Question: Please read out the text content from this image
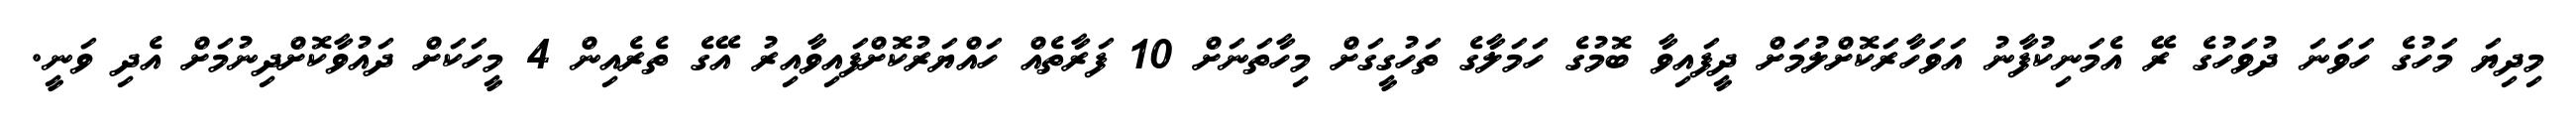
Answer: މިދިޔަ މަހުގެ ހަވަނަ ދުވަހުގެ ރޭ އެމަނިކުފާނު އަވަހާރަކޮށްލުމަށް ދީފައިވާ ބޮމުގެ ހަމަލާގެ ތަހުގީގަށް މިހާތަނަށް 10 ފަރާތެއް ހައްޔަރުކޮށްފައިވާއިރު އޭގެ ތެރެއިން 4 މީހަކަށް ދައުވާކޮށްދިނުމަށް އެދި ވަނީ.